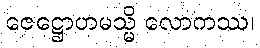
ဇေဋ္ဌောဟမသ္မိ လောကဿ၊